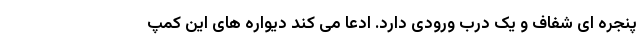
پنجره ای شفاف و یک درب ورودی دارد. ادعا می کند دیواره های این کمپ